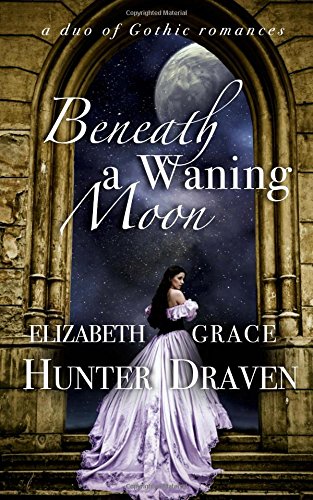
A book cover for Beneath a Waning Moon: a duo of Gothic romances; Elizabeth Hunter; Romance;